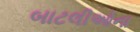
બાટલીઓના